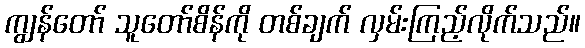
ကျွန်တော် သူတော်စိန်ကို တစ်ချက် လှမ်းကြည့်လိုက်သည်။